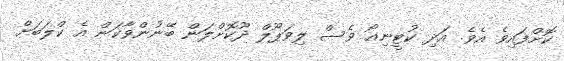
ކޮށްފައިވެ އެވެ. އަދި ކުޓީނިއޯ ވެސް ލިވަޕޫލް ދޫކޮށްލަން ބޭނުންވާކަން އެ ކްލަބަށް